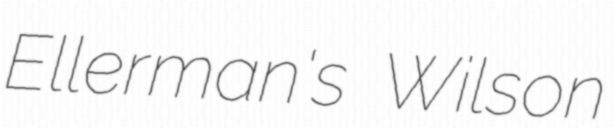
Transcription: Ellerman's Wilson